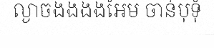
ល្ងាចងិងិងិងិអែម ចាន់បុទុំ